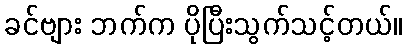
ခင်ဗျား ဘက်က ပိုပြီးသွက်သင့်တယ်။